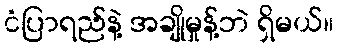
ငံပြာရည်နဲ့ အချိုမှုန့်ဘဲ ရှိမယ်။